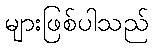
များဖြစ်ပါသည်